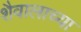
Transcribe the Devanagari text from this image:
शैवालाच्या